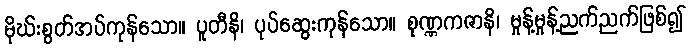
မိုဃ်းစွတ်အပ်ကုန်သော။ ပူတီနိ၊ ပုပ်ဆွေးကုန်သော။ စုဏ္ဏကဇာနိ၊ မှုန့်မှုန့်ညက်ညက်ဖြစ်၍